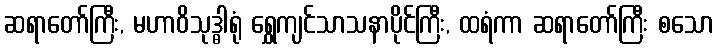
ဆရာတော်ကြီး, မဟာဝိသုဒ္ဓါရုံ ရွှေကျင်သာသနာပိုင်ကြီး, ထရံကာ ဆရာတော်ကြီး စသော